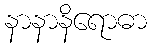
နာနာနိရောဓာ